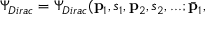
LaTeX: \Psi _ { D i r a c } = \Psi _ { D i r a c } ( { \bf p } _ { 1 } , s _ { 1 } , { \bf p } _ { 2 } , s _ { 2 } , . . . ; \bar { { \bf p } } _ { 1 } ,